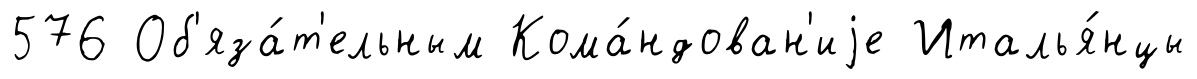
576 Об'яза́т'ельным Кома́ндован'иjе Италья́нцы